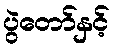
ပွဲတော်နှင့်